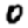
Digit: 0